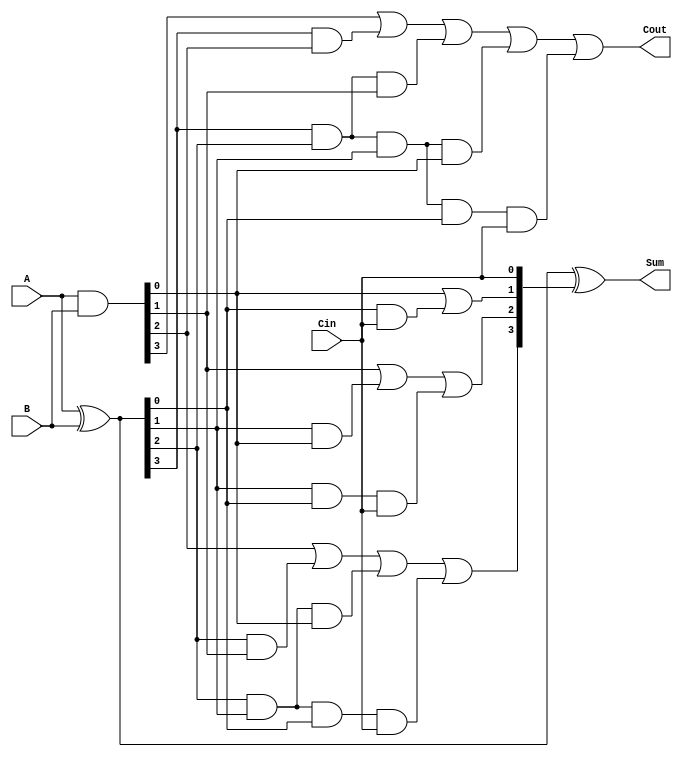
/*
 * adder_4bit.v
 * Shawn Zhu
 * ECE552
 */
module adder_4bit (Sum, A, B, Cin, Cout);
input [3:0] A, B; 	//Input values
output [3:0] Sum; 	//sum output
input Cin;
output Cout;


wire [3:0] C;
wire ovfl_pos;
wire ovfl_neg; //To indicate overflow
wire [3:0] P, G; //to store propogate and generate signals


//Generate and Propogate signals
assign G = A & B;
assign P = A ^ B;

//Carry look ahead logic
assign C[0] = Cin; 
assign C[1] = G[0] | (P[0] & C[0]);
assign C[2] = G[1] | (P[1] & G[0]) | (P[1] & P[0] & C[0]);
assign C[3] = G[2] | (P[2] & G[1]) | (P[2] & P[1] & G[0]) | (P[2] & P[1] & P[0] & C[0]);

//calculate sum
assign Sum = P ^ C;

//check if both inputs are positive
assign ovfl_pos = ~A[3] & ~B[3] & Sum[3]; 

//check if both inputs are negative
assign ovfl_neg = A[3] & B[3] & ~Sum[3]; 

//set a carry out value (will be necessary for 16 bit adder)
assign Cout = G[3] | (P[3] & G[2]) | (P[3] & P[2] & G[1]) | (P[3] & P[2] & P[1] & G[0]) | (P[3] & P[2] & P[1] & P[0] & C[0]);


endmodule